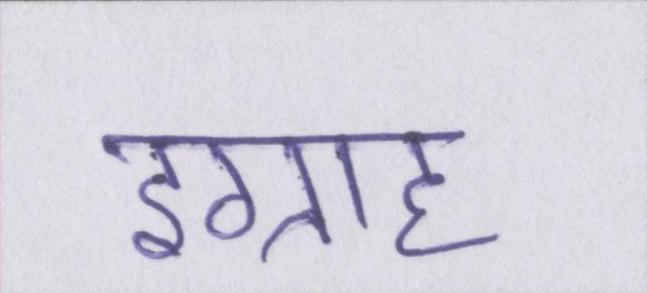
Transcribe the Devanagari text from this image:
इग्राह